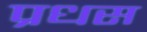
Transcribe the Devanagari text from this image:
प्रधस